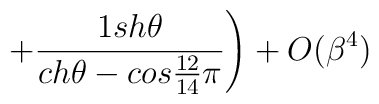
\left. + \frac{1 sh\theta}{ch\theta-cos\frac{12}{14}\pi} \right) + O(\beta^4)\hspace{3.7cm}